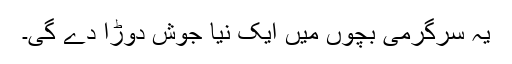
یہ سرگرمی بچوں میں ایک نیا جوش دوڑا دے گی۔